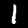
Label: 1